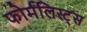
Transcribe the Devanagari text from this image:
फोर्मलिस्ट्स